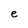
Character: e